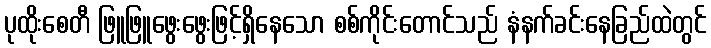
ပုထိုးစေတီ ဖြူဖြူဖွေးဖွေးဖြင့်ရှိနေသော စစ်ကိုင်းတောင်သည် နံနက်ခင်းနေခြည်ထဲတွင်